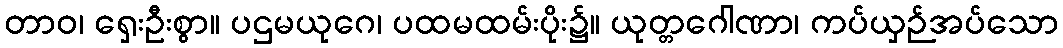
တာဝ၊ ရှေးဦးစွာ။ ပဌမယုဂေ၊ ပထမထမ်းပိုး၌။ ယုတ္တဂေါဏာ၊ ကပ်ယှဉ်အပ်သော